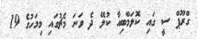
ގްރޫޕް ސީ ގައި ކޮލަމްބިއާ ކުލޭ ދެ ވަނަ މެޗުގައި މިމަހުގެ 19